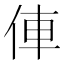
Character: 俥